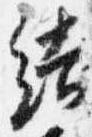
結